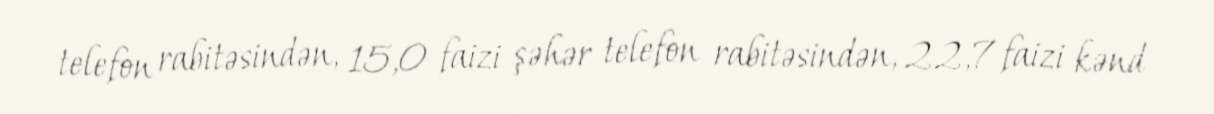
telefon rabitəsindən, 15,0 faizi şəhər telefon rabitəsindən, 22,7 faizi kənd